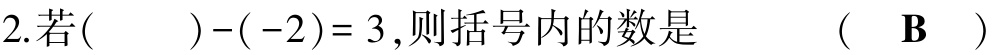
2. 若$(\quad)-(-2)=3$,则括号内的数是  （  $\mathbf{B}$  ）